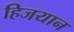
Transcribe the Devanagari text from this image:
हिजयान